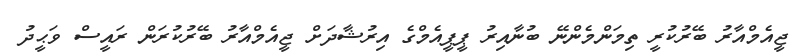
ޖީއެމްއާރު ބޭރުކުރީ ތިމަންމެންނޭ ބުނާއިރު ޕީޕީއެމްގެ އިރުޝާދަށް ޖީއެމްއާރު ބޭރުކުރަން ރައީސް ވަޙީދު